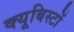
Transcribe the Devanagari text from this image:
क्यूबिस्टों